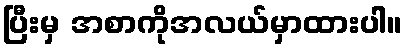
ပြီးမှ အစာကိုအလယ်မှာထားပါ။